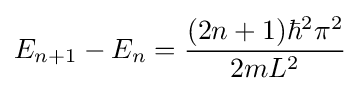
E_{n+1}-E_{n}={\frac {(2n+1)\hbar ^{2}\pi ^{2}}{2mL^{2}}}